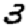
Digit: 3